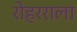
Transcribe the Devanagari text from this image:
रोहरराला